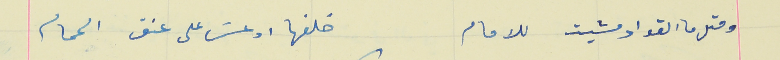
ومثلما القواد مشيت للامام                                خلفها ادعسَ على عنق الحمام